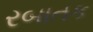
રબાતક